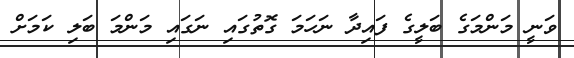
ވަނީ މަންމަގެ ބަލީގެ ފައިދާ ނަހަމަ ގޮތުގައި ނަގައި މަންމަ ބަލި ކަމަށް